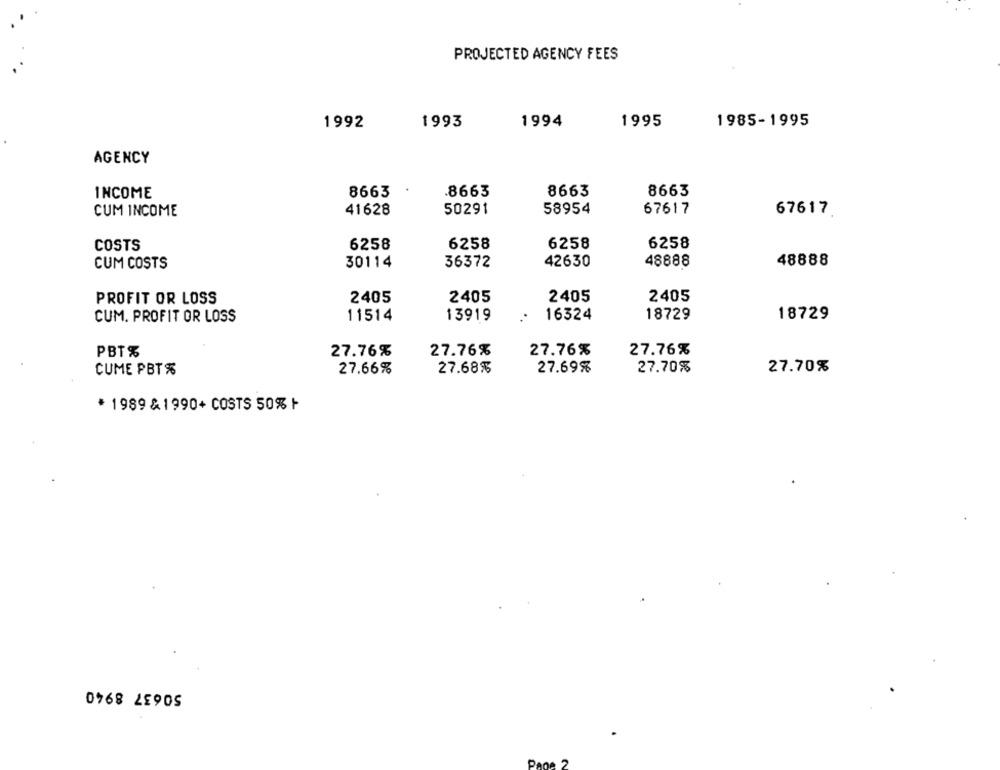
PROJECTED AGENCY FEES
1993
1994
1995
1985-1995
1992
AGENCY
8663
.8663
8663
8663
INCOME
CUM INCOME
41628
50291
58954
67617
67617
COSTS
6258
6258
6258
6258
30114
42630
48888
48888
CUM COSTS
36372
PROFIT OR LOSS
2405
2405
2405
2405
11514
13919
16324
18729
18729
CUM. PROFIT OR LOSS
PBT%
27.76%
27.76%
27.76%
27.76%
27.66%
27.68%
27.69%
27.70%
27.70%
CUME PBT %
* 1989 & 1990+ COSTS 50% |
50637 8940
Pane